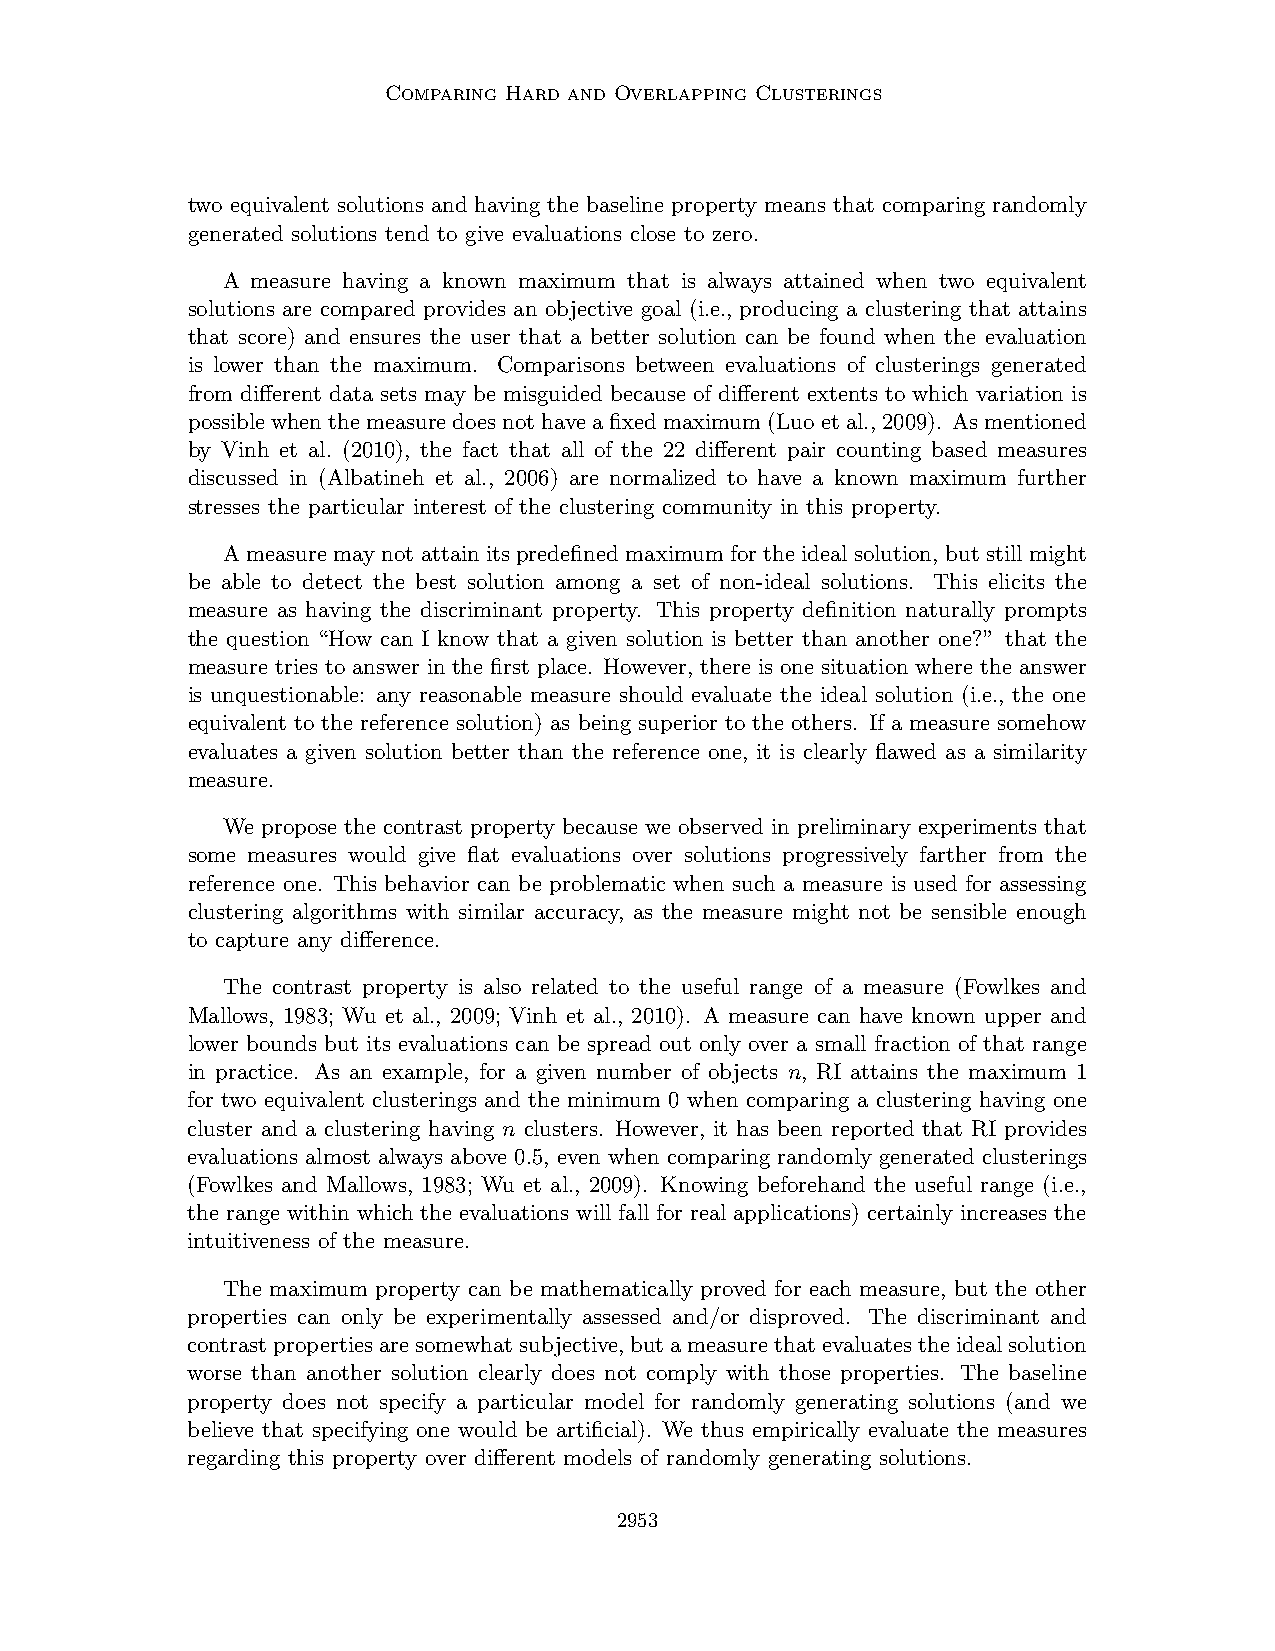
Comparing Hard and Overlapping Clusterings
 two equivalent solutions and having the baseline property means that comparing randomly
 generated solutions tend to give evaluations close to zero.
 A measure having a known maximum that is always attained when two equivalent
 solutions are compared provides an objective goal (i.e., producing a clustering that attains
 that score) and ensures the user that a better solution can be found when the evaluation
 is lower than the maximum. Comparisons between evaluations of clusterings generated
 from different data sets may be misguided because of different extents to which variation is
 possiblewhenthemeasuredoesnothaveafixedmaximum(Luoetal.,2009). Asmentioned
 by Vinh et al. (2010), the fact that all of the 22 different pair counting based measures
 discussed in (Albatineh et al., 2006) are normalized to have a known maximum further
 stresses the particular interest of the clustering community in this property.
 A measure may not attain its predefined maximum for the ideal solution, but still might
 be able to detect the best solution among a set of non-ideal solutions. This elicits the
 measure as having the discriminant property. This property definition naturally prompts
 the question “How can I know that a given solution is better than another one?” that the
 measure tries to answer in the first place. However, there is one situation where the answer
 is unquestionable: any reasonable measure should evaluate the ideal solution (i.e., the one
 equivalent to the reference solution) as being superior to the others. If a measure somehow
 evaluates a given solution better than the reference one, it is clearly flawed as a similarity
 measure.
 We propose the contrast property because we observed in preliminary experiments that
 some measures would give flat evaluations over solutions progressively farther from the
 reference one. This behavior can be problematic when such a measure is used for assessing
 clustering algorithms with similar accuracy, as the measure might not be sensible enough
 to capture any difference.
 The contrast property is also related to the useful range of a measure (Fowlkes and
 Mallows, 1983; Wu et al., 2009; Vinh et al., 2010). A measure can have known upper and
 lower bounds but its evaluations can be spread out only over a small fraction of that range
 in practice. As an example, for a given number of objects n, RI attains the maximum 1
 for two equivalent clusterings and the minimum 0 when comparing a clustering having one
 cluster and a clustering having n clusters. However, it has been reported that RI provides
 evaluations almost always above 0.5, even when comparing randomly generated clusterings
 (Fowlkes and Mallows, 1983; Wu et al., 2009). Knowing beforehand the useful range (i.e.,
 the range within which the evaluations will fall for real applications) certainly increases the
 intuitiveness of the measure.
 The maximum property can be mathematically proved for each measure, but the other
 properties can only be experimentally assessed and/or disproved. The discriminant and
 contrastpropertiesaresomewhatsubjective,butameasurethatevaluatestheidealsolution
 worse than another solution clearly does not comply with those properties. The baseline
 property does not specify a particular model for randomly generating solutions (and we
 believe that specifying one would be artificial). We thus empirically evaluate the measures
 regarding this property over different models of randomly generating solutions.
 2953